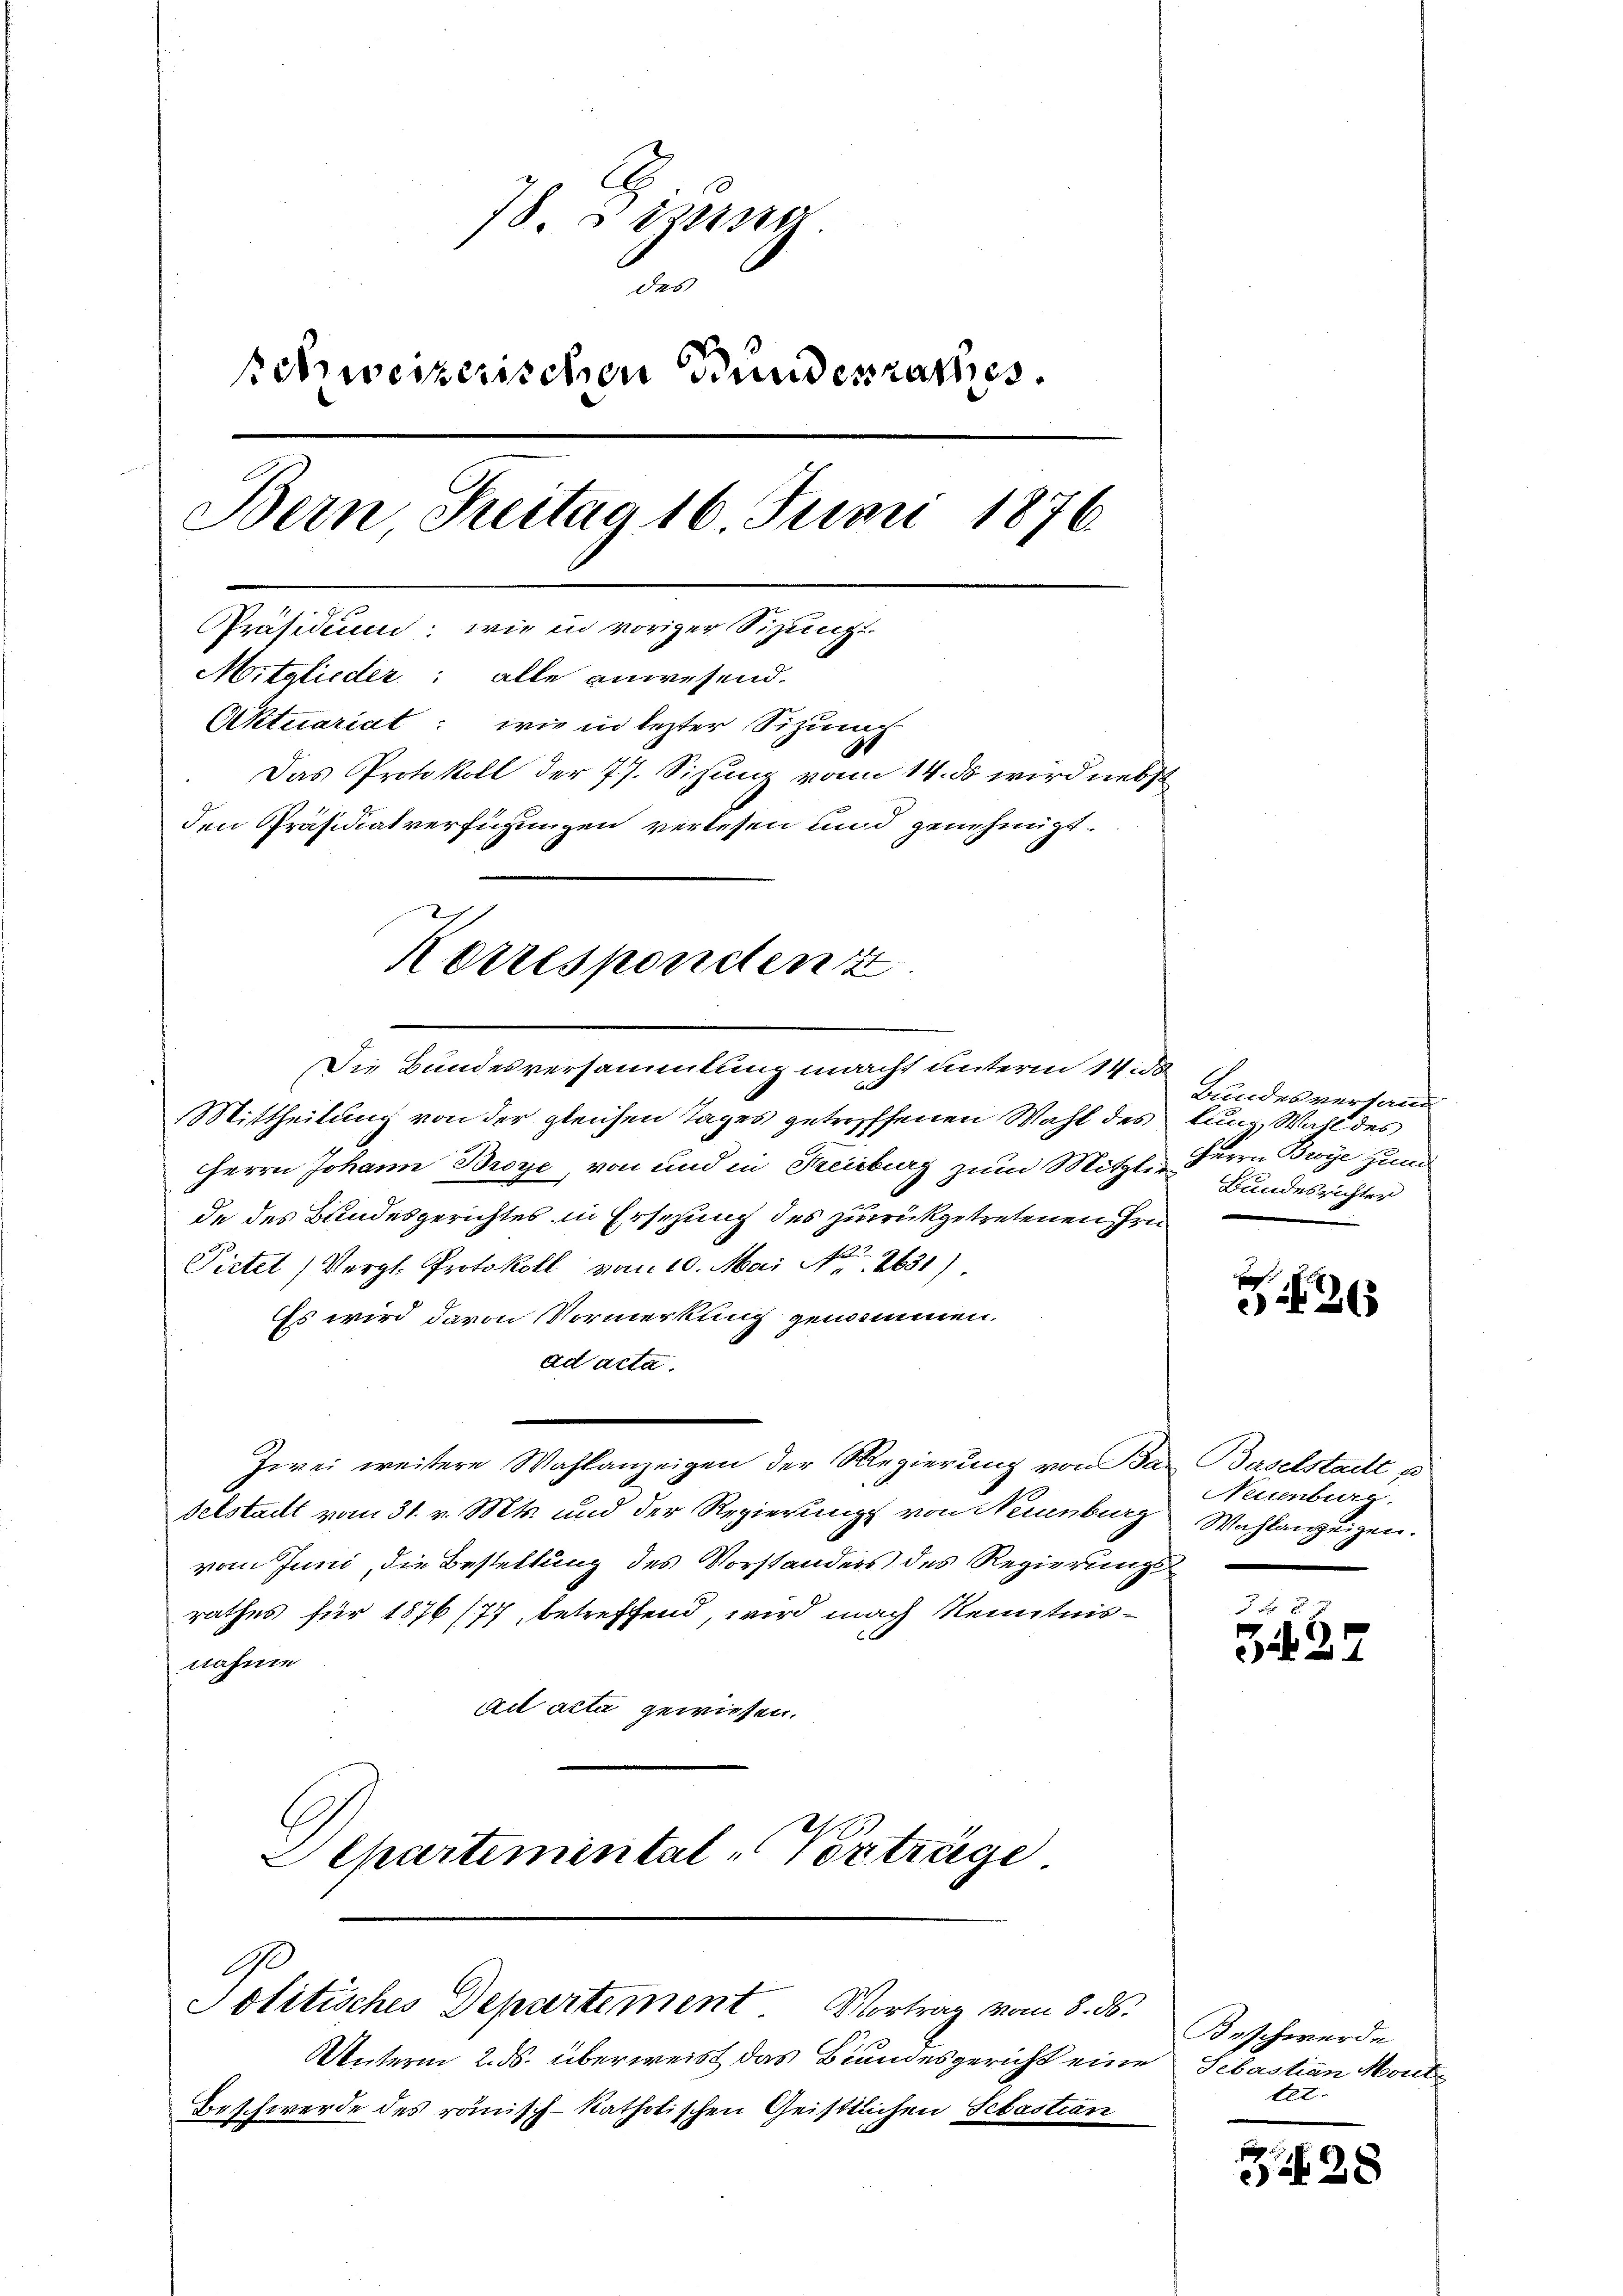
78. § 23810
e
schweizerischen Bundesrathes.
Bern Seitag 16 Junii 1876
Präsidium: wie in voriger Sizungs-
Mitglieder: alle anwesend.
Aktuariat: wie in lezter Sitzung
Das Protokoll der 77. Sizung vom 14. ds wird nebst
den Präsidiatverfügungen verlesen und genehmigt.

Korrespondent

Die Bundesversammlung macht unterm 14. ds.
Mittheilung von der gleichen Tages getroffenen Wahl des
HHerrn Johann Broye, von und in Reiburg zum Mitzlide des Bundesgerichtes in Ersezung des zurückgetretenen Hrn
Pietet (Vergl. Protokoll vom 10. Mai No 2631)
Es wird davon Vormerkung genommen.
ad acta.
Zwei weitere Wahlanzeigen der Regierung von Bar Baselstadt p
delstadt vom 31. v. Mts. und der Regierung von Neuenburg
vom Juni, die Bestellung des Vorstanders des Regierungsrathes für 1876/77, betreffend, wird nach Kenntnisnahme
ad acta gewiesen.
Departemental-Verträge

Unterm 2. ds. überweist das Bundesgericht eine
Beschwerde des römisch-katholischen Geisttlichen Sebastian

10
Politisches Departement. Vortrag vom 8. ds.

Bundesvertand
lung Wahl des
Herrn Brege zum
Bundesrichter

2

Neuenburg.
Wahlanzeigen.

334

Beschwerde
Sebastian Mout.
tet.

28